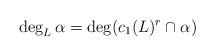
LaTeX: \begin{align*} \deg_L\alpha = \deg( c_1(L)^{r}\cap \alpha)\end{align*}